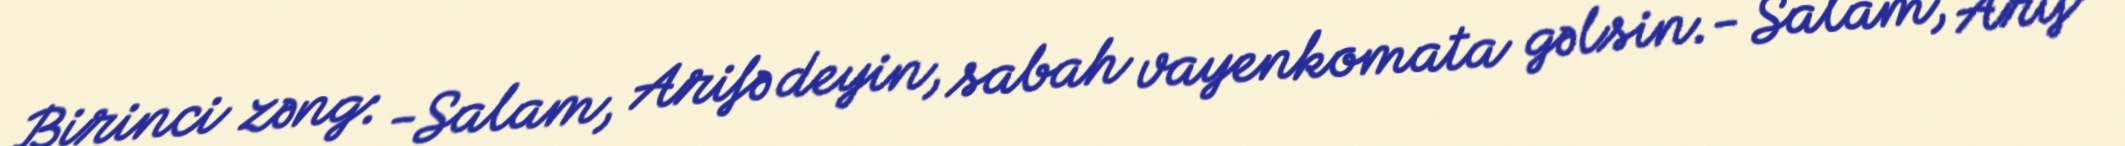
Birinci zəng: -Salam, Arifə deyin, sabah vayenkomata gəlsin.- Salam, Arif